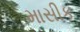
માસીક